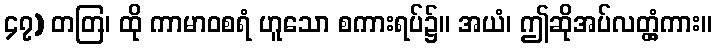
၄၇) တတြ၊ ထို ကာမာဝစရံ ဟူသော စကားရပ်၌။ အယံ၊ ဤဆိုအပ်လတ္တံ့ကား။